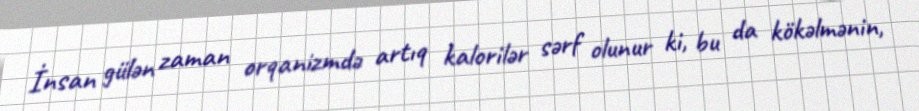
İnsan gülən zaman orqanizmdə artıq kalorilər sərf olunur ki, bu da kökəlmənin,